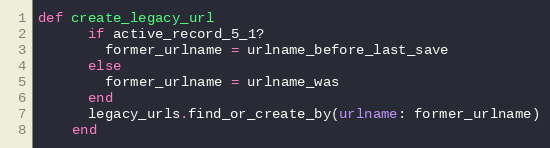
Language: Ruby
def create_legacy_url
      if active_record_5_1?
        former_urlname = urlname_before_last_save
      else
        former_urlname = urlname_was
      end
      legacy_urls.find_or_create_by(urlname: former_urlname)
    end